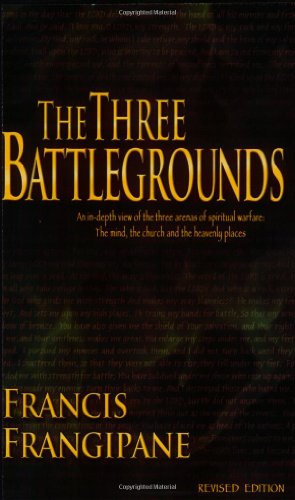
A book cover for The Three Battlegrounds: An In-Depth View of the Three Arenas of Spiritual Warfare: The Mind, the Church and the Heavenly Places; Francis Frangipane; Christian Books & Bibles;